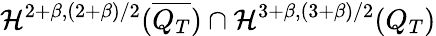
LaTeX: \mathcal{H}^{2+\beta,(2+\beta)/2}(\overline{{Q_{T}}})\cap\mathcal{H}^{3+\beta,(3+\beta)/2}(Q_{T})